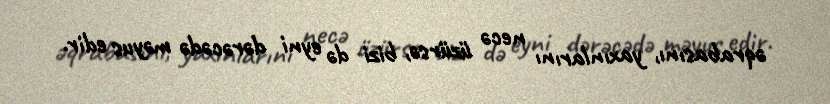
əqrabasını, yaxınlarını necə üzürsə, bizi də eyni dərəcədə məyus edir.